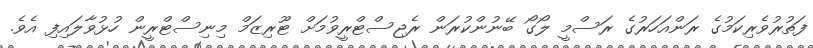
ފަތުރުވެރިކަމުގެ ރަންއަހަރުގެ ރަސްމީ ލޯގޯ ބޭނުންކުރަން ރެޖިސްޓްރީވުމަށް ޓޫރިޒަމް މިނިސްޓްރީން ހުޅުވާލައިފި އެވެ.